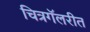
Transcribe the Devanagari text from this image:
चित्रगॅलरीत